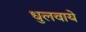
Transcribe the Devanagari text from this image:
धुलवाये